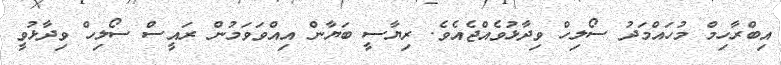
އިބްރާހިމް މުހައްމަދު ސޯލިހް ވިދާޅުވެއްޖެއެވެ. ރިޔާސީ ބަޔާން އިއްވަވަމުން ރައީސް ސޯލިހް ވިދާޅުވީ